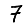
Digit: 7